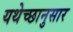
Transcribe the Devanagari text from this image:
यथेच्छानुसार